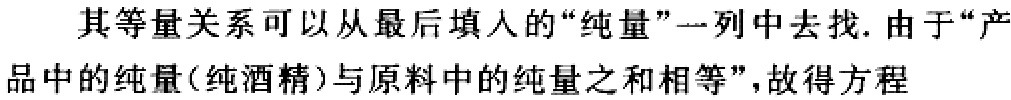
其等量关系可以从最后填人的“纯量”一列中去找. 由于“产品中的纯量(纯酒精) 与原料中的纯量之和相等”, 故得方程